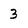
Character: 3